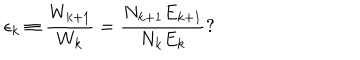
\epsilon _ { k } \equiv \frac { W _ { k + 1 } } { W _ { k } } = \frac { N _ { k + 1 } E _ { k + 1 } } { N _ { k } E _ { k } } ?